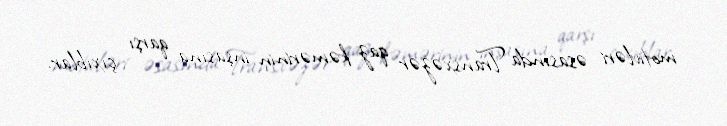
motivləri əsasında Transxəzər qaz kəmərinin inşasına qarşı çıxıblar.